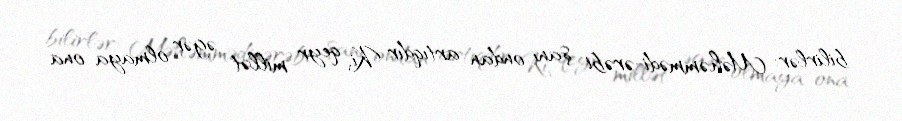
bilirlər: Məhəmmədi-ərəbi şanı ondan artıqdır Ki, qeyr millət əgər olmaya ona